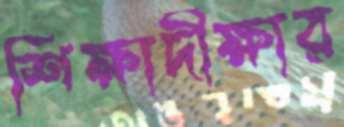
শিক্ষাদীক্ষার